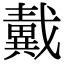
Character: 𢨚